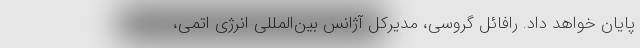
پایان خواهد داد. رافائل گروسی، مدیرکل آژانس بین‌المللی انرژی اتمی،